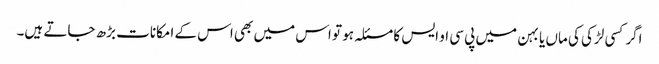
اگرکسی لڑکی کی ماں یا بہن میں پی سی او ایس کا مسئلہ ہو تو اس میں بھی اس کے امکانات بڑھ جاتے ہیں۔